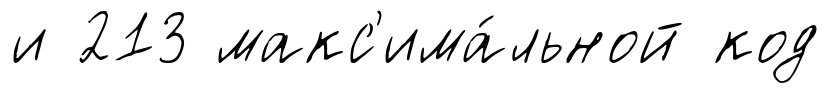
и 213 макс'има́льной код